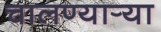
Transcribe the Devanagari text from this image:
चालण्यार्‍या